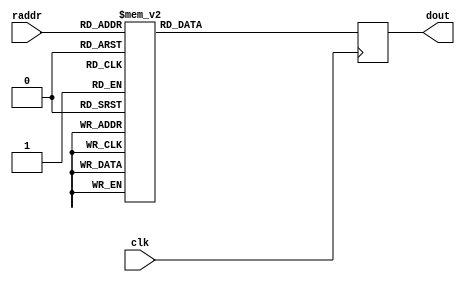

/*
The designers:

Ahmet Can Mert <ahmetcanmert@sabanciuniv.edu>
Ferhat Yaman <ferhatyaman@sabanciuniv.edu>

To the extent possible under law, the implementer has waived all copyright
and related or neighboring rights to the source code in this file.
http://creativecommons.org/publicdomain/zero/1.0/
*/

// read latency is 1 cc

module BROM (input             clk,
             input      [8:0]  raddr,
             output reg [11:0] dout);
// bram
(* rom_style="block" *) reg [11:0] blockrom [511:0]; 

// read operation
always @(posedge clk) begin
    case(raddr)
    // W
    9'd0  : dout <= 12'h6c1;
    9'd1  : dout <= 12'ha14;
    9'd2  : dout <= 12'hcd9;
    9'd3  : dout <= 12'ha52;
    9'd4  : dout <= 12'h276;
    9'd5  : dout <= 12'h769;
    9'd6  : dout <= 12'h350;
    9'd7  : dout <= 12'h426;
    9'd8  : dout <= 12'h77f;
    9'd9  : dout <= 12'hc1 ;
    9'd10 : dout <= 12'h31d;
    9'd11 : dout <= 12'hae2;
    9'd12 : dout <= 12'hcbc;
    9'd13 : dout <= 12'h239;
    9'd14 : dout <= 12'h6d2;
    9'd15 : dout <= 12'h128;
    9'd16 : dout <= 12'h98f;
    9'd17 : dout <= 12'h53b;
    9'd18 : dout <= 12'h5c4;
    9'd19 : dout <= 12'hbe6;
    9'd20 : dout <= 12'h38 ;
    9'd21 : dout <= 12'h8c0;
    9'd22 : dout <= 12'h535;
    9'd23 : dout <= 12'h592;
    9'd24 : dout <= 12'h82e;
    9'd25 : dout <= 12'h217;
    9'd26 : dout <= 12'hb42;
    9'd27 : dout <= 12'h959;
    9'd28 : dout <= 12'hb3f;
    9'd29 : dout <= 12'h7b6;
    9'd30 : dout <= 12'h335;
    9'd31 : dout <= 12'h121;
    9'd32 : dout <= 12'h14b;
    9'd33 : dout <= 12'hcb5;
    9'd34 : dout <= 12'h6dc;
    9'd35 : dout <= 12'h4ad;
    9'd36 : dout <= 12'h900;
    9'd37 : dout <= 12'h8e5;
    9'd38 : dout <= 12'h807;
    9'd39 : dout <= 12'h28a;
    9'd40 : dout <= 12'h7b9;
    9'd41 : dout <= 12'h9d1;
    9'd42 : dout <= 12'h278;
    9'd43 : dout <= 12'hb31;
    9'd44 : dout <= 12'h21 ;
    9'd45 : dout <= 12'h528;
    9'd46 : dout <= 12'h77b;
    9'd47 : dout <= 12'h90f;
    9'd48 : dout <= 12'h59b;
    9'd49 : dout <= 12'h327;
    9'd50 : dout <= 12'h1c4;
    9'd51 : dout <= 12'h59e;
    9'd52 : dout <= 12'hb34;
    9'd53 : dout <= 12'h5fe;
    9'd54 : dout <= 12'h962;
    9'd55 : dout <= 12'ha57;
    9'd56 : dout <= 12'ha39;
    9'd57 : dout <= 12'h5c9;
    9'd58 : dout <= 12'h288;
    9'd59 : dout <= 12'h9aa;
    9'd60 : dout <= 12'hc26;
    9'd61 : dout <= 12'h4cb;
    9'd62 : dout <= 12'h38e;
    9'd63 : dout <= 12'h11 ;
    9'd64 : dout <= 12'hac9;
    9'd65 : dout <= 12'h247;
    9'd66 : dout <= 12'ha59;
    9'd67 : dout <= 12'h665;
    9'd68 : dout <= 12'h2d3;
    9'd69 : dout <= 12'h8f0;
    9'd70 : dout <= 12'h44c;
    9'd71 : dout <= 12'h581;
    9'd72 : dout <= 12'ha66;
    9'd73 : dout <= 12'hcd1;
    9'd74 : dout <= 12'he9 ;
    9'd75 : dout <= 12'h2f4;
    9'd76 : dout <= 12'h86c;
    9'd77 : dout <= 12'hbc7;
    9'd78 : dout <= 12'hbea;
    9'd79 : dout <= 12'h6a7;
    9'd80 : dout <= 12'h673;
    9'd81 : dout <= 12'hae5;
    9'd82 : dout <= 12'h6fd;
    9'd83 : dout <= 12'h737;
    9'd84 : dout <= 12'h3b8;
    9'd85 : dout <= 12'h5b5;
    9'd86 : dout <= 12'ha7f;
    9'd87 : dout <= 12'h3ab;
    9'd88 : dout <= 12'h904;
    9'd89 : dout <= 12'h985;
    9'd90 : dout <= 12'h954;
    9'd91 : dout <= 12'h2dd;
    9'd92 : dout <= 12'h921;
    9'd93 : dout <= 12'h10c;
    9'd94 : dout <= 12'h281;
    9'd95 : dout <= 12'h630;
    9'd96 : dout <= 12'h8fa;
    9'd97 : dout <= 12'h7f5;
    9'd98 : dout <= 12'hc94;
    9'd99 : dout <= 12'h177;
    9'd100: dout <= 12'h9f5;
    9'd101: dout <= 12'h82a;
    9'd102: dout <= 12'h66d;
    9'd103: dout <= 12'h427;
    9'd104: dout <= 12'h13f;
    9'd105: dout <= 12'had5;
    9'd106: dout <= 12'h2f5;
    9'd107: dout <= 12'h833;
    9'd108: dout <= 12'h231;
    9'd109: dout <= 12'h9a2;
    9'd110: dout <= 12'ha22;
    9'd111: dout <= 12'haf4;
    9'd112: dout <= 12'h444;
    9'd113: dout <= 12'h193;
    9'd114: dout <= 12'h402;
    9'd115: dout <= 12'h477;
    9'd116: dout <= 12'h866;
    9'd117: dout <= 12'had7;
    9'd118: dout <= 12'h376;
    9'd119: dout <= 12'h6ba;
    9'd120: dout <= 12'h4bc;
    9'd121: dout <= 12'h752;
    9'd122: dout <= 12'h405;
    9'd123: dout <= 12'h83e;
    9'd124: dout <= 12'hb77;
    9'd125: dout <= 12'h375;
    9'd126: dout <= 12'h86a;
    // WINV
    9'd127: dout <= 12'h497;
    9'd128: dout <= 12'h98c;
    9'd129: dout <= 12'h18a;
    9'd130: dout <= 12'h4c3;
    9'd131: dout <= 12'h8fc;
    9'd132: dout <= 12'h5af;
    9'd133: dout <= 12'h845;
    9'd134: dout <= 12'h647;
    9'd135: dout <= 12'h98b;
    9'd136: dout <= 12'h22a;
    9'd137: dout <= 12'h49b;
    9'd138: dout <= 12'h88a;
    9'd139: dout <= 12'h8ff;
    9'd140: dout <= 12'hb6e;
    9'd141: dout <= 12'h8bd;
    9'd142: dout <= 12'h20d;
    9'd143: dout <= 12'h2df;
    9'd144: dout <= 12'h35f;
    9'd145: dout <= 12'had0;
    9'd146: dout <= 12'h4ce;
    9'd147: dout <= 12'ha0c;
    9'd148: dout <= 12'h22c;
    9'd149: dout <= 12'hbc2;
    9'd150: dout <= 12'h8da;
    9'd151: dout <= 12'h694;
    9'd152: dout <= 12'h4d7;
    9'd153: dout <= 12'h30c;
    9'd154: dout <= 12'hb8a;
    9'd155: dout <= 12'h6d ;
    9'd156: dout <= 12'h50c;
    9'd157: dout <= 12'h407;
    9'd158: dout <= 12'h6d1;
    9'd159: dout <= 12'ha80;
    9'd160: dout <= 12'hbf5;
    9'd161: dout <= 12'h3e0;
    9'd162: dout <= 12'ha24;
    9'd163: dout <= 12'h3ad;
    9'd164: dout <= 12'h37c;
    9'd165: dout <= 12'h3fd;
    9'd166: dout <= 12'h956;
    9'd167: dout <= 12'h282;
    9'd168: dout <= 12'h74c;
    9'd169: dout <= 12'h949;
    9'd170: dout <= 12'h5ca;
    9'd171: dout <= 12'h604;
    9'd172: dout <= 12'h21c;
    9'd173: dout <= 12'h68e;
    9'd174: dout <= 12'h65a;
    9'd175: dout <= 12'h117;
    9'd176: dout <= 12'h13a;
    9'd177: dout <= 12'h495;
    9'd178: dout <= 12'ha0d;
    9'd179: dout <= 12'hc18;
    9'd180: dout <= 12'h30 ;
    9'd181: dout <= 12'h29b;
    9'd182: dout <= 12'h780;
    9'd183: dout <= 12'h8b5;
    9'd184: dout <= 12'h411;
    9'd185: dout <= 12'ha2e;
    9'd186: dout <= 12'h69c;
    9'd187: dout <= 12'h2a8;
    9'd188: dout <= 12'haba;
    9'd189: dout <= 12'h238;
    9'd190: dout <= 12'hcf0;
    9'd191: dout <= 12'h973;
    9'd192: dout <= 12'h836;
    9'd193: dout <= 12'hdb ;
    9'd194: dout <= 12'h357;
    9'd195: dout <= 12'ha79;
    9'd196: dout <= 12'h738;
    9'd197: dout <= 12'h2c8;
    9'd198: dout <= 12'h2aa;
    9'd199: dout <= 12'h39f;
    9'd200: dout <= 12'h703;
    9'd201: dout <= 12'h1cd;
    9'd202: dout <= 12'h763;
    9'd203: dout <= 12'hb3d;
    9'd204: dout <= 12'h9da;
    9'd205: dout <= 12'h766;
    9'd206: dout <= 12'h3f2;
    9'd207: dout <= 12'h586;
    9'd208: dout <= 12'h7d9;
    9'd209: dout <= 12'hce0;
    9'd210: dout <= 12'h1d0;
    9'd211: dout <= 12'ha89;
    9'd212: dout <= 12'h330;
    9'd213: dout <= 12'h548;
    9'd214: dout <= 12'ha77;
    9'd215: dout <= 12'h4fa;
    9'd216: dout <= 12'h41c;
    9'd217: dout <= 12'h401;
    9'd218: dout <= 12'h854;
    9'd219: dout <= 12'h625;
    9'd220: dout <= 12'h4c ;
    9'd221: dout <= 12'hbb6;
    9'd222: dout <= 12'hbe0;
    9'd223: dout <= 12'h9cc;
    9'd224: dout <= 12'h54b;
    9'd225: dout <= 12'h1c2;
    9'd226: dout <= 12'h3a8;
    9'd227: dout <= 12'h1bf;
    9'd228: dout <= 12'haea;
    9'd229: dout <= 12'h4d3;
    9'd230: dout <= 12'h76f;
    9'd231: dout <= 12'h7cc;
    9'd232: dout <= 12'h441;
    9'd233: dout <= 12'hcc9;
    9'd234: dout <= 12'h11b;
    9'd235: dout <= 12'h73d;
    9'd236: dout <= 12'h7c6;
    9'd237: dout <= 12'h372;
    9'd238: dout <= 12'hbd9;
    9'd239: dout <= 12'h62f;
    9'd240: dout <= 12'hac8;
    9'd241: dout <= 12'h45 ;
    9'd242: dout <= 12'h21f;
    9'd243: dout <= 12'h9e4;
    9'd244: dout <= 12'hc40;
    9'd245: dout <= 12'h582;
    9'd246: dout <= 12'h8db;
    9'd247: dout <= 12'h9b1;
    9'd248: dout <= 12'h598;
    9'd249: dout <= 12'ha8b;
    9'd250: dout <= 12'h2af;
    9'd251: dout <= 12'h28 ;
    9'd252: dout <= 12'h2ed;
    9'd253: dout <= 12'h640;
    // WP?
    9'd254: dout <= 12'h11 ;
    9'd255: dout <= 12'hcf0;
    9'd256: dout <= 12'hac9;
    9'd257: dout <= 12'h238;
    9'd258: dout <= 12'h247;
    9'd259: dout <= 12'haba;
    9'd260: dout <= 12'ha59;
    9'd261: dout <= 12'h2a8;
    9'd262: dout <= 12'h665;
    9'd263: dout <= 12'h69c;
    9'd264: dout <= 12'h2d3;
    9'd265: dout <= 12'ha2e;
    9'd266: dout <= 12'h8f0;
    9'd267: dout <= 12'h411;
    9'd268: dout <= 12'h44c;
    9'd269: dout <= 12'h8b5;
    9'd270: dout <= 12'h581;
    9'd271: dout <= 12'h780;
    9'd272: dout <= 12'ha66;
    9'd273: dout <= 12'h29b;
    9'd274: dout <= 12'hcd1;
    9'd275: dout <= 12'h30 ;
    9'd276: dout <= 12'he9 ;
    9'd277: dout <= 12'hc18;
    9'd278: dout <= 12'h2f4;
    9'd279: dout <= 12'ha0d;
    9'd280: dout <= 12'h86c;
    9'd281: dout <= 12'h495;
    9'd282: dout <= 12'hbc7;
    9'd283: dout <= 12'h13a;
    9'd284: dout <= 12'hbea;
    9'd285: dout <= 12'h117;
    9'd286: dout <= 12'h6a7;
    9'd287: dout <= 12'h65a;
    9'd288: dout <= 12'h673;
    9'd289: dout <= 12'h68e;
    9'd290: dout <= 12'hae5;
    9'd291: dout <= 12'h21c;
    9'd292: dout <= 12'h6fd;
    9'd293: dout <= 12'h604;
    9'd294: dout <= 12'h737;
    9'd295: dout <= 12'h5ca;
    9'd296: dout <= 12'h3b8;
    9'd297: dout <= 12'h949;
    9'd298: dout <= 12'h5b5;
    9'd299: dout <= 12'h74c;
    9'd300: dout <= 12'ha7f;
    9'd301: dout <= 12'h282;
    9'd302: dout <= 12'h3ab;
    9'd303: dout <= 12'h956;
    9'd304: dout <= 12'h904;
    9'd305: dout <= 12'h3fd;
    9'd306: dout <= 12'h985;
    9'd307: dout <= 12'h37c;
    9'd308: dout <= 12'h954;
    9'd309: dout <= 12'h3ad;
    9'd310: dout <= 12'h2dd;
    9'd311: dout <= 12'ha24;
    9'd312: dout <= 12'h921;
    9'd313: dout <= 12'h3e0;
    9'd314: dout <= 12'h10c;
    9'd315: dout <= 12'hbf5;
    9'd316: dout <= 12'h281;
    9'd317: dout <= 12'ha80;
    9'd318: dout <= 12'h630;
    9'd319: dout <= 12'h6d1;
    9'd320: dout <= 12'h8fa;
    9'd321: dout <= 12'h407;
    9'd322: dout <= 12'h7f5;
    9'd323: dout <= 12'h50c;
    9'd324: dout <= 12'hc94;
    9'd325: dout <= 12'h6d ;
    9'd326: dout <= 12'h177;
    9'd327: dout <= 12'hb8a;
    9'd328: dout <= 12'h9f5;
    9'd329: dout <= 12'h30c;
    9'd330: dout <= 12'h82a;
    9'd331: dout <= 12'h4d7;
    9'd332: dout <= 12'h66d;
    9'd333: dout <= 12'h694;
    9'd334: dout <= 12'h427;
    9'd335: dout <= 12'h8da;
    9'd336: dout <= 12'h13f;
    9'd337: dout <= 12'hbc2;
    9'd338: dout <= 12'had5;
    9'd339: dout <= 12'h22c;
    9'd340: dout <= 12'h2f5;
    9'd341: dout <= 12'ha0c;
    9'd342: dout <= 12'h833;
    9'd343: dout <= 12'h4ce;
    9'd344: dout <= 12'h231;
    9'd345: dout <= 12'had0;
    9'd346: dout <= 12'h9a2;
    9'd347: dout <= 12'h35f;
    9'd348: dout <= 12'ha22;
    9'd349: dout <= 12'h2df;
    9'd350: dout <= 12'haf4;
    9'd351: dout <= 12'h20d;
    9'd352: dout <= 12'h444;
    9'd353: dout <= 12'h8bd;
    9'd354: dout <= 12'h193;
    9'd355: dout <= 12'hb6e;
    9'd356: dout <= 12'h402;
    9'd357: dout <= 12'h8ff;
    9'd358: dout <= 12'h477;
    9'd359: dout <= 12'h88a;
    9'd360: dout <= 12'h866;
    9'd361: dout <= 12'h49b;
    9'd362: dout <= 12'had7;
    9'd363: dout <= 12'h22a;
    9'd364: dout <= 12'h376;
    9'd365: dout <= 12'h98b;
    9'd366: dout <= 12'h6ba;
    9'd367: dout <= 12'h647;
    9'd368: dout <= 12'h4bc;
    9'd369: dout <= 12'h845;
    9'd370: dout <= 12'h752;
    9'd371: dout <= 12'h5af;
    9'd372: dout <= 12'h405;
    9'd373: dout <= 12'h8fc;
    9'd374: dout <= 12'h83e;
    9'd375: dout <= 12'h4c3;
    9'd376: dout <= 12'hb77;
    9'd377: dout <= 12'h18a;
    9'd378: dout <= 12'h375;
    9'd379: dout <= 12'h98c;
    9'd380: dout <= 12'h86a;
    9'd381: dout <= 12'h497;
    default: dout <= 12'h0;
    endcase
end

endmodule